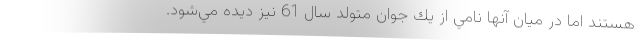
هستند اما در ميان آنها نامي از يك جوان متولد سال 61 نيز ديده مي‌شود.